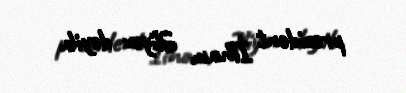
prezident İlham Əliyev deyib.